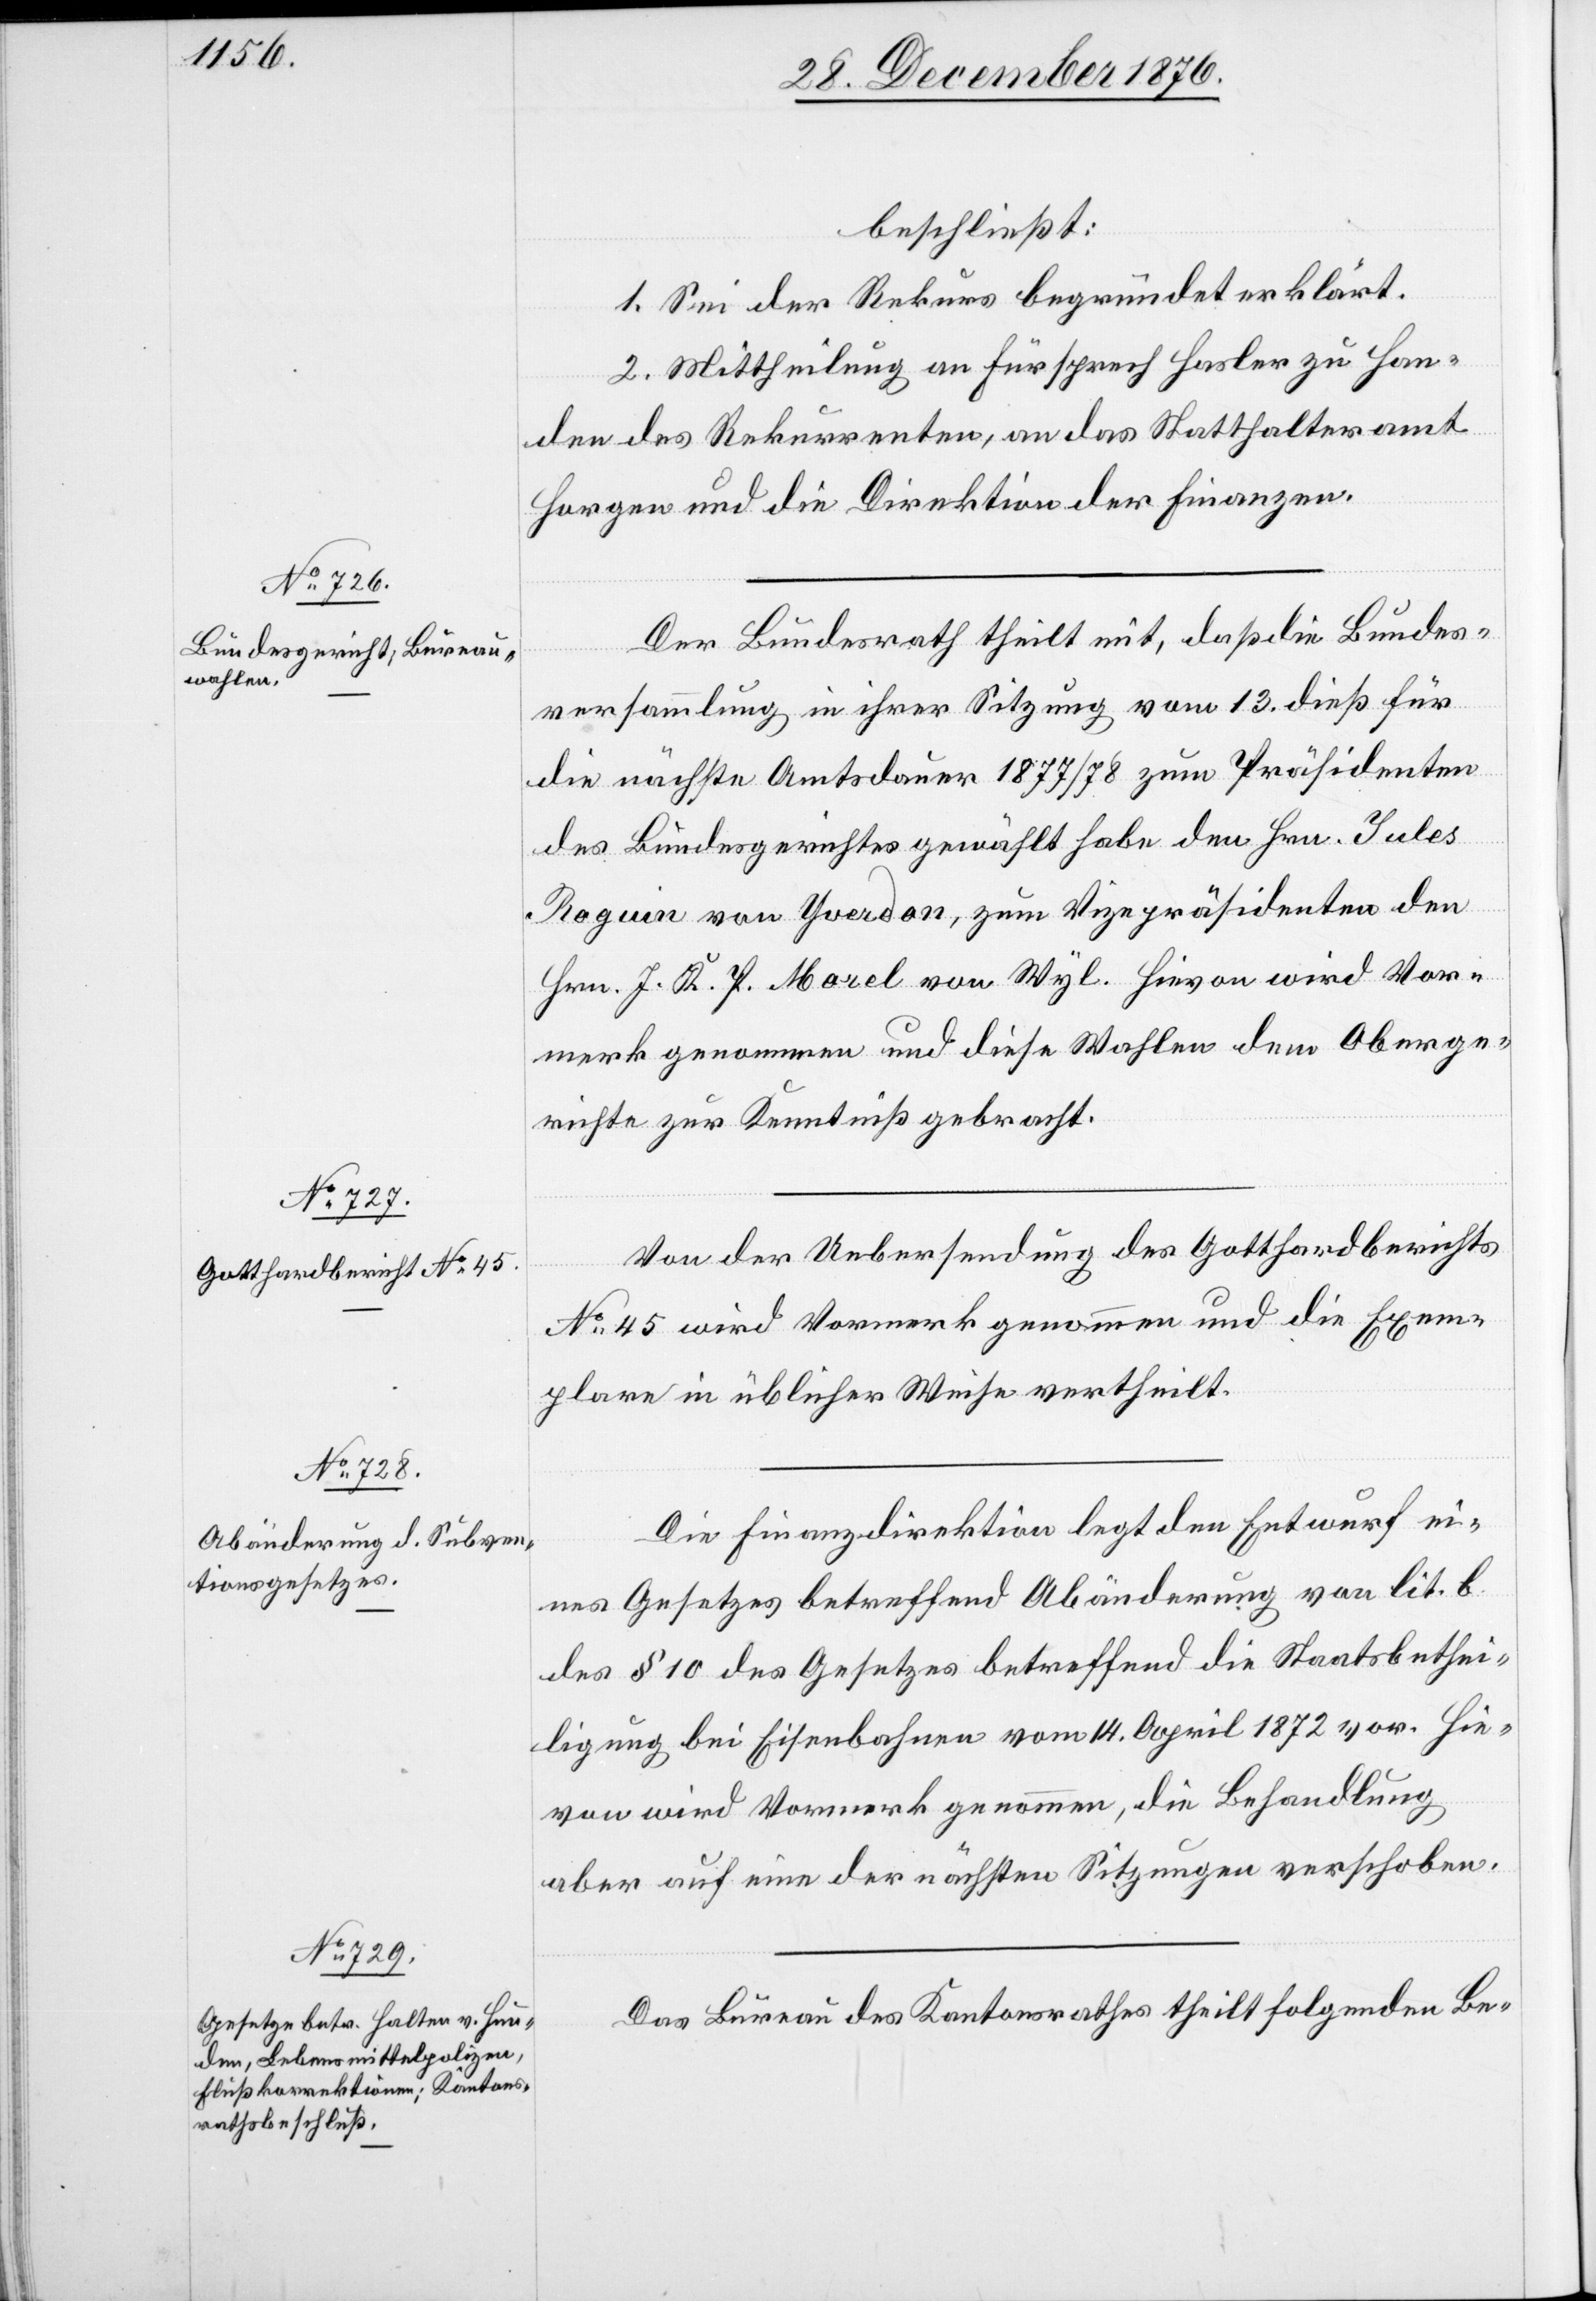
beschließt:
1. Sei der Rekurs begründet erklärt.
2. Mittheilung an Fürsprech Hasler zu Han¬
den des Rekurrenten, an das Statthalteramt
Horgen und die Direktion der Finanzen.
Der Bundesrath theilt mit, daß die Bundes¬
versammlung in ihrer Sitzung vom 13. dieß für
die nächste Amtsdauer 1877/78 zum Präsidenten
des Bundesgerichtes gewählt habe den Hrn. Jules
Roguin von Yverdon, zum Vizepräsidenten den
Hrn. J. K. [P. ] Morel von Wyl. Hievon wird Vor¬
merk genommen und diese Wahlen dem Oberge¬
richte zur Kenntniß gebracht.
Von der Uebersendung des Gotthardberichts
No 45 wird Vormerk genommen und die Exem¬
plare in üblicher Weise vertheilt.
Die Finanzdirektion legt den Entwurf ei¬
nes Gesetzes betreffend Abänderung von lit. b
des § 10 des Gesetzes betreffend die Staatsbethei¬
ligung bei Eisenbahnen vom 14. April 1872 vor. Hie¬
von wird Vormerk genommen, die Behandlung
aber auf eine der nächsten Sitzungen verschoben.
Das Bureau des Kantonsrathes theilt folgenden Be-